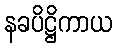
နခပိဋ္ဌိကာယ